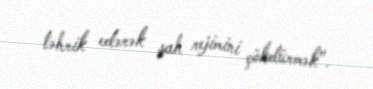
təhrik edərək şah rejimini çökdürmək".